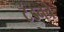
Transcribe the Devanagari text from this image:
टंडनचे